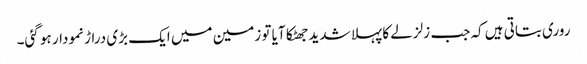
روری بتاتی ہیں کہ جب زلزلے کا پہلا شدید جھٹکا آیا تو زمین میں ایک بڑی دراڑ نمودار ہو گئی۔